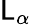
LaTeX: \mathsf{L}_{\alpha}